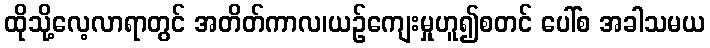
ထိုသို့လေ့လာရာတွင် အတိတ်ကာလ၊ယဉ်ကျေးမှုဟူ၍စတင် ပေါ်စ အခါသမယ